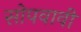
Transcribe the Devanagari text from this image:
सोपवावी